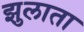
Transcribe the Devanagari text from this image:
झुलाता